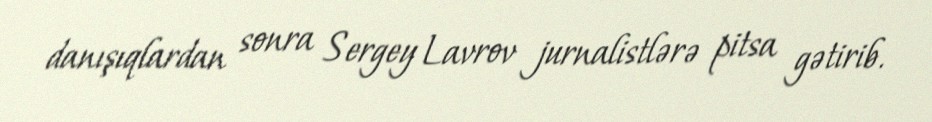
danışıqlardan sonra Sergey Lavrov jurnalistlərə pitsa gətirib.